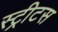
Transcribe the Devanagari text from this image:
स्ट्रीटस